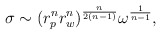
\begin{align*}\sigma \sim (r_p^n r_w^n)^{n\over 2(n-1)} \omega^{1\over n-1},\end{align*}